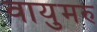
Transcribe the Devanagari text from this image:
वायुमरु